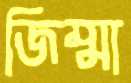
জিম্মা